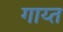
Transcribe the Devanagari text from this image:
गाय्त